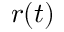
r ( t )